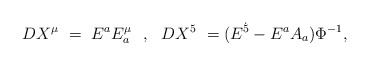
\begin{align*}DX^\mu ~=~E^a E^\mu_a ~~,~~ DX^5~=(E^{\dot 5} - E^a A_a) \Phi^{-1},\end{align*}